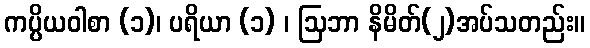
ကပ္ပိယဝါစာ (၁)၊ ပရိယာ (၁) ၊ ဩဘာ နိမိတ်(၂)အပ်သတည်း။